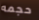
حجمه